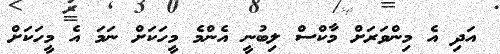
އަދި އެ މިންވަރަށް މާކްސް ލިބުނީ އެންމެ މީހަކަށް ނަމަ އެ މީހަކަށް